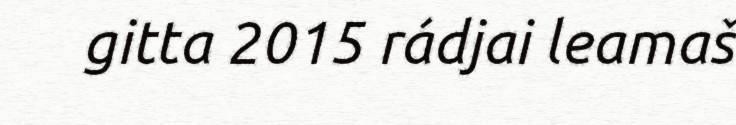
gitta 2015 rádjai leamaš